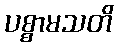
ပစ္စာမသတိ